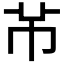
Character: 𫷄